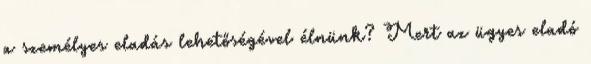
a személyes eladás lehetőségével élnünk? Mert az ügyes eladó